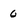
Character: 0